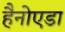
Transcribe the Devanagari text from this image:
हैनोएडा